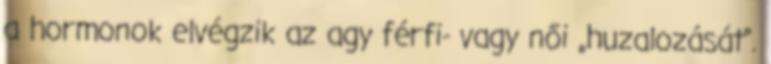
a hormonok elvégzik az agy férfi- vagy női „huzalozását”.